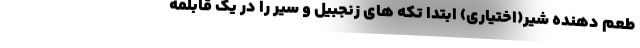
طعم دهنده شیر(اختیاری) ابتدا تکه های زنجبیل و سیر را در یک قابلمه